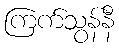
ကြက်သွန်နီ